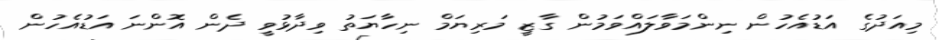
މިއަދުގެ އަޑުއެހުން ނިންމަވާލައްވަމުން ގާޒީ މަރިޔަމް ނިހާޔަތު ވިދާޅުވީ ދެން އޮންނަ އަޑުއެހުން